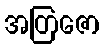
အတြဇော